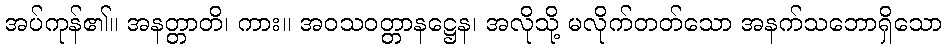
အပ်ကုန်၏။ အနတ္တာတိ၊ ကား။ အဝသဝတ္တာနဋ္ဌေန၊ အလိုသို့ မလိုက်တတ်သော အနက်သဘောရှိသော